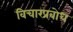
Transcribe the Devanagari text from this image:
विचारप्रबोध